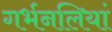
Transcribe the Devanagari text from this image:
गर्भनलियां